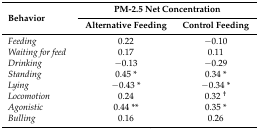
<table><thead><tr><td rowspan="2"><b>Behavior</b></td><td colspan="2"><b>PM-2.5 Net Concentration</b></td></tr><tr><td><b>Alternative Feeding</b></td><td><b>Control Feeding</b></td></tr></thead><tbody><tr><td><i>Feeding</i></td><td>0.22</td><td>−0.10</td></tr><tr><td><i>Waiting for feed</i></td><td>0.17</td><td>0.11</td></tr><tr><td><i>Drinking</i></td><td>−0.13</td><td>−0.29</td></tr><tr><td><i>Standing</i></td><td>0.45 *</td><td>0.34 *</td></tr><tr><td><i>Lying</i></td><td>−0.43 *</td><td>−0.34 *</td></tr><tr><td><i>Locomotion</i></td><td>0.24</td><td>0.32 <sup>†</sup></td></tr><tr><td><i>Agonistic</i></td><td>0.44 **</td><td>0.35 *</td></tr><tr><td><i>Bulling</i></td><td>0.16</td><td>0.26</td></tr></tbody></table>